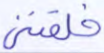
خلقتني